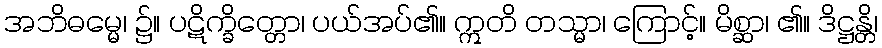
အဘိဓမ္မေ၊ ၌။ ပဋိက္ခိတ္တော၊ ပယ်အပ်၏။ ဣတိ တသ္မာ၊ ကြောင့်။ မိစ္ဆာ၊ ၏။ ဒိဋ္ဌန္တိ၊